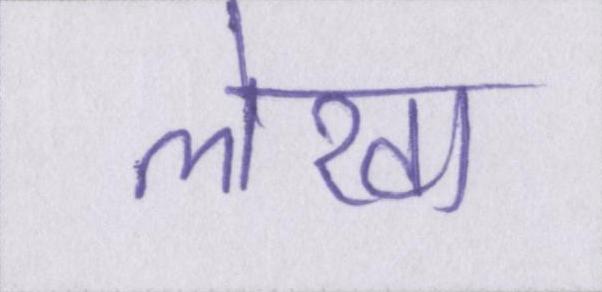
लेखा